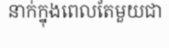
នាក់ក្នុងពេលតែមួយជា